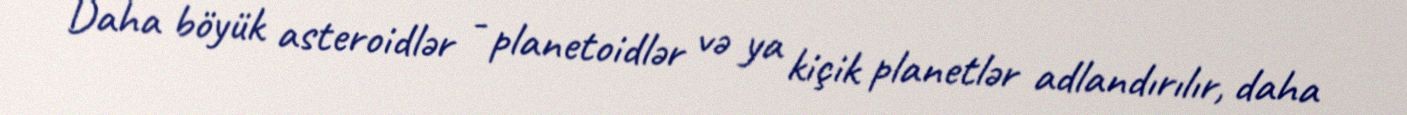
Daha böyük asteroidlər - planetoidlər və ya kiçik planetlər adlandırılır, daha